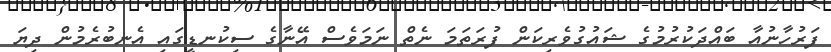
ފަރުހާނުއާ ބައްދަކުރުމުގެ ޝައުގުވެރިކަން ފުރަތަމަ ނެތް ނަމަވެސް އޭނާގެ ސިކުނޑީގައި އެނބުރެމުން ދިޔަ